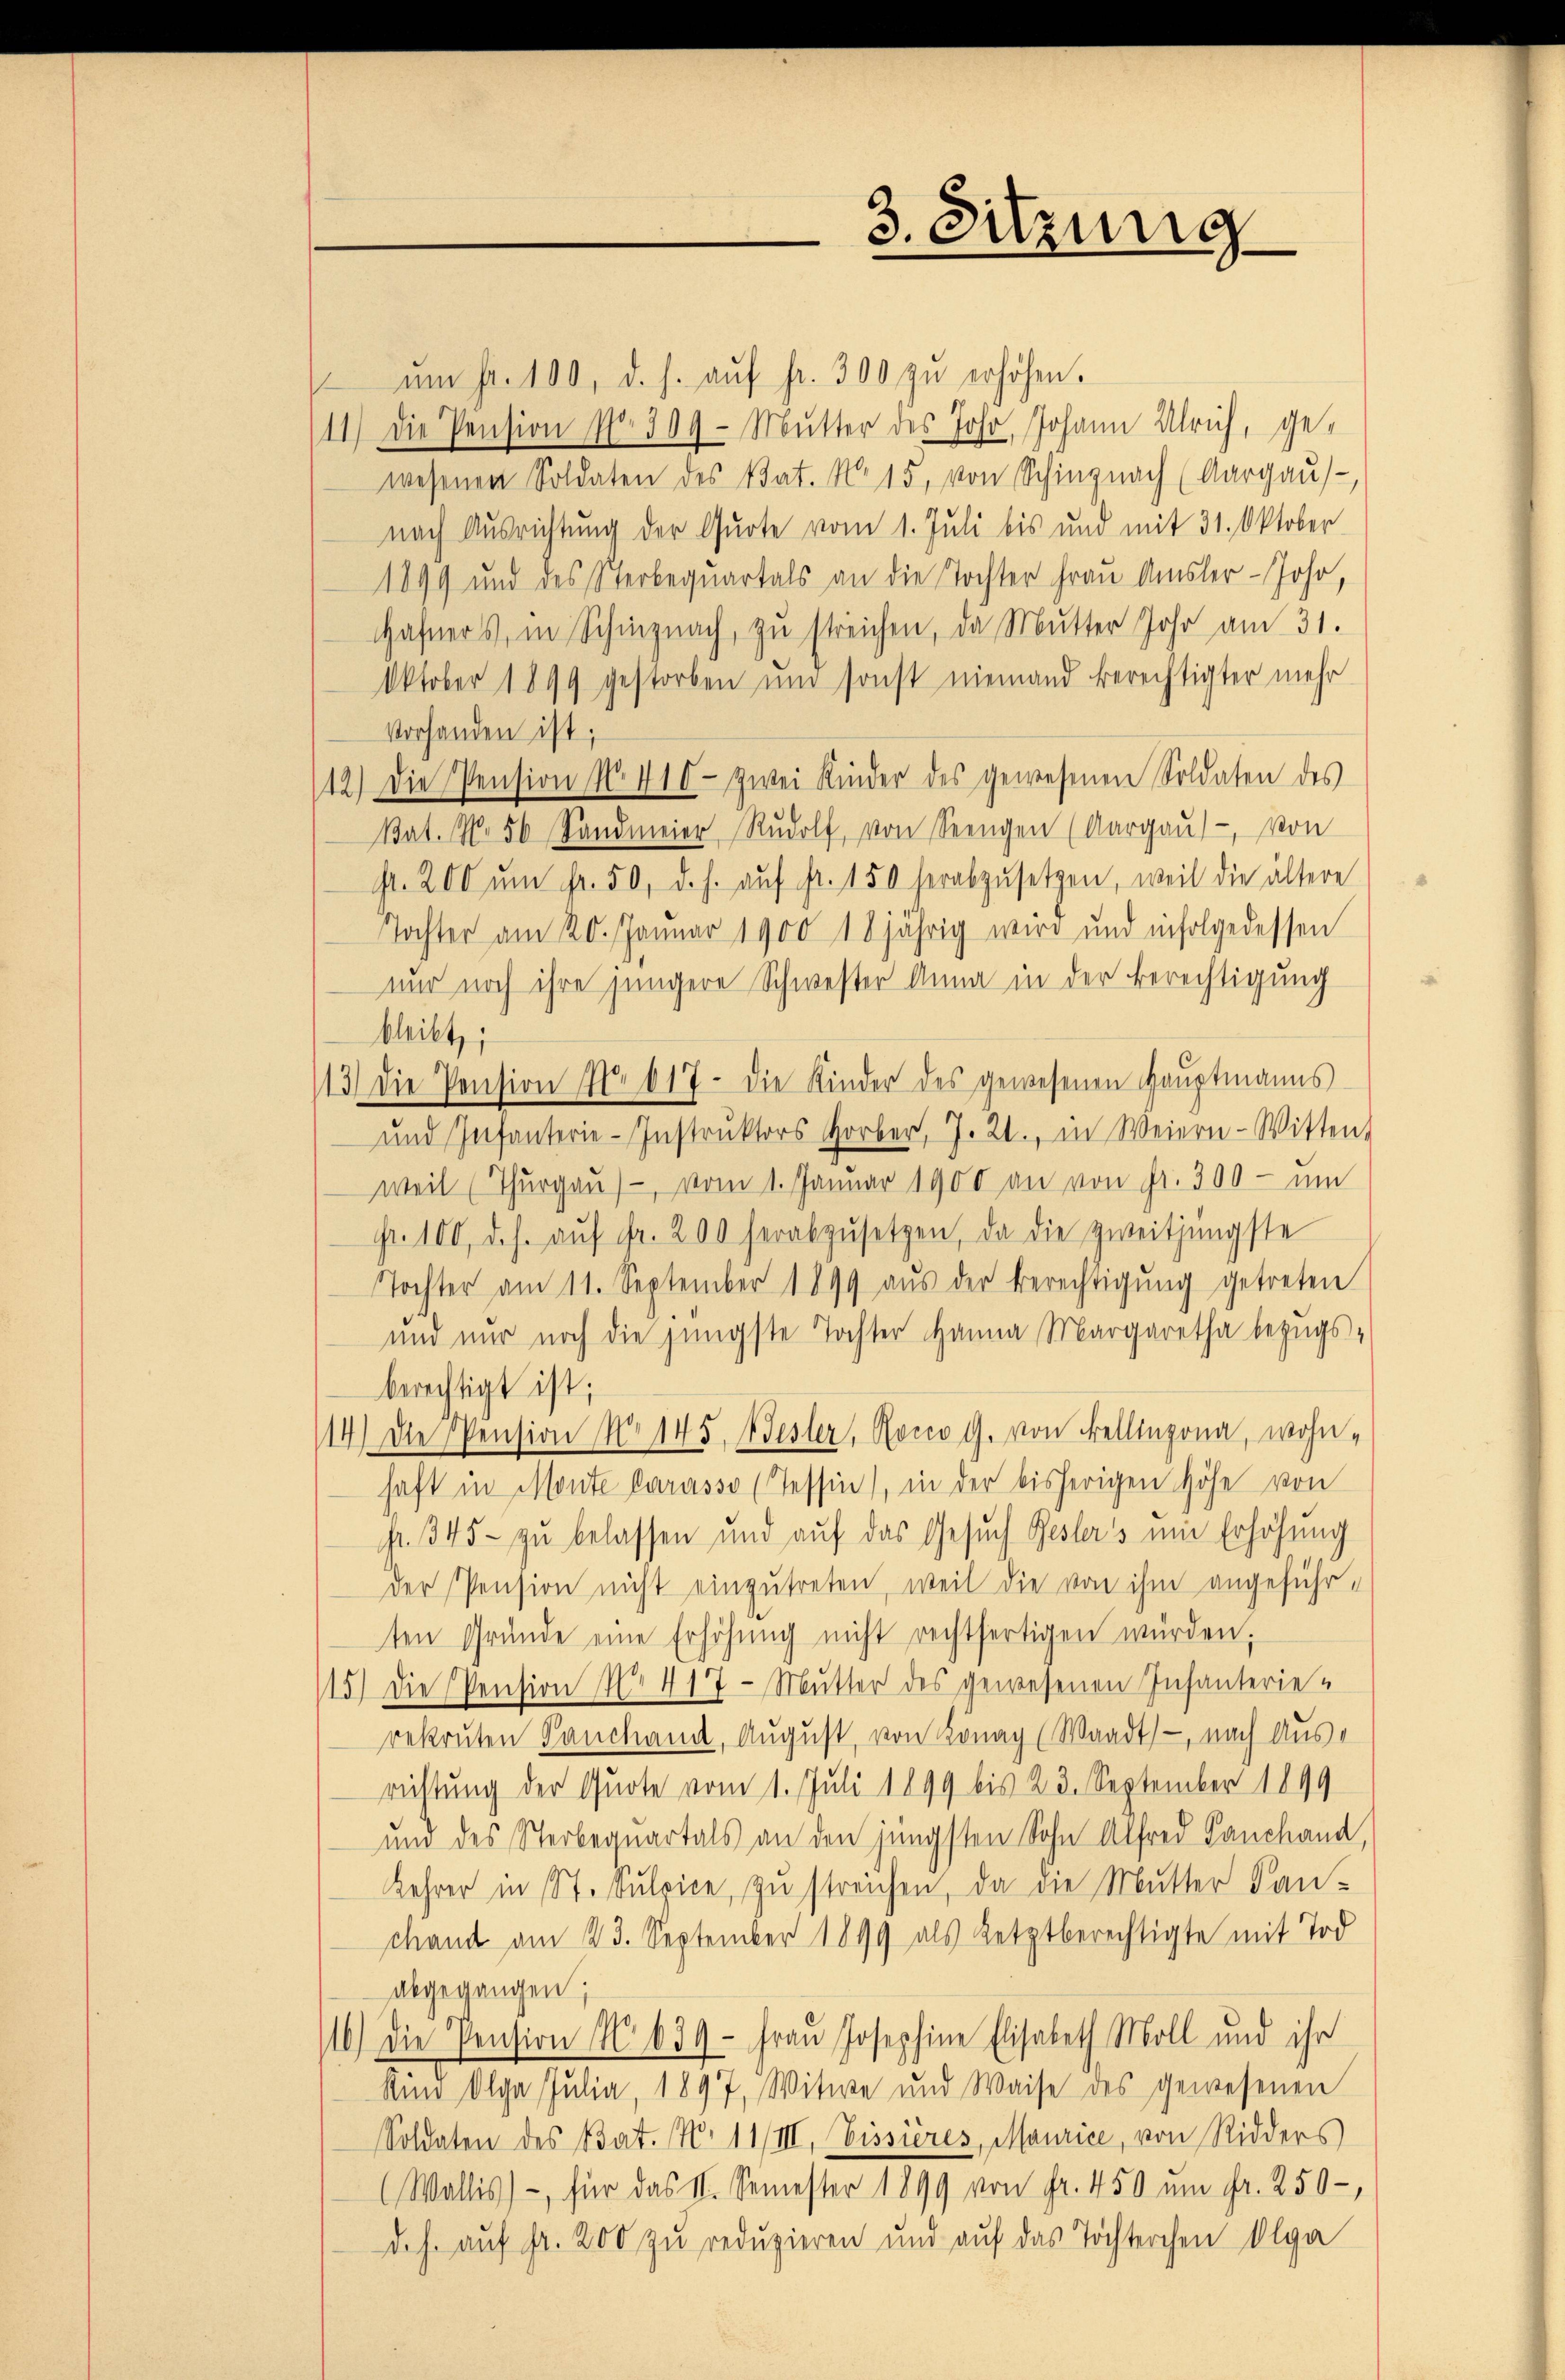
3. Sitzung

am Fr. 100, d. h. aŭf fr. 300 zŭ erhöhen.
11.) Die Pension Pfr. 309 - Mutter des Joh. Johann Ulrich, gewesenen Soldaten des Stat. No. 15, von Schinznach (Aargaŭs-
nach Ausrichtung der Quote vom 1. Juli bis und mit 31. Oktober
1899 und des Sterbequartals an die Tochter Frau Amsler-Joho,
Hafners, in Schinznach, zu streichen, da Mutter Jahr am 31.
Oktober 1899 gestorben und sonst niemand berechtigter mehr
Vorhanden ist;
12.) Die Pension No. 410- zwei Kinder des gewesenen Soldaten des
kat. N. 56 Sandmeier Rŭdolf, von Seengen (Aargau), von
f. 200 ŭm fr. 50, d. h. aŭf fr. 150 herabzusetzen, weil die ältere
Tochter am 20. Januar 1900 18jährig wird und infolgedessen
nur noch ihre jüngere Schwester Anna in der Berechtigung
bleibt;
13) Die Pension No 617 - die Kinder des gewesenen Hauptmanns
und Infanterie-Instrŭktors Horber, J. 2., in Weiern-Witten.
weil (Thŭrgaŭ) - vom 1. Januar 1900 an von fr. 300 - um
Fr. 100, d. h. aŭf fr. 200 herabzŭsetzen, da die zweitjüngste
Tochter am 11. September 1899 aŭs der Berechtigung getreten
und nur noch die jüngste Tochter Hanna Margaretha bezugs-
berechtigt ist;
114) Die Pension No 145, Bester, Rocco G. von Fellinzona, wohnhaft in Monte Carasso (Tessin, in der bisherigen Höhe von
fr. 345 zŭ belassen und aŭf das Gesŭch Gesters ein Erhöhŭng
der Pension nicht einzutreten, weil die von ihm angeführ-
ten Gründe eine Erhöhŭng nicht rechtfertigen würden;
115) Die Pension No 417 - Mutter des gewesenen Infanterie-
rekruten Panchand, August, von Konay (Waadt - nach Aus-
richtung der Quote vom 1. Juli 1899 bis 23. September 1899
um des Sterbequartals an den jüngsten Sohn Alfred Sanchand,
Lehrer in St. Sulpice, zu streichen, da die Mutter Kan-
chand am 23. September 1899 als Letztberechtigte mit Tod
abgegangen;
/16.) Die Pension No. 639 - Frau Josephine Elisabeth Moll und ihr
Kin Olga Julia, 1897, Witwe und Waise des gewesenen
Soldaten des Bat. No 11/III, Eissieres, Maurice, von Ridders
(Wallis), für das II. Semester 1899 von Fr. 450 um fr. 250,
d.h. auf Fr. 200 zu reduzieren und auf das Töchterchen Olga